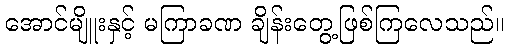
အောင်မျိူးနှင့် မကြာခဏ ချိန်းတွေ့ဖြစ်ကြလေသည်။